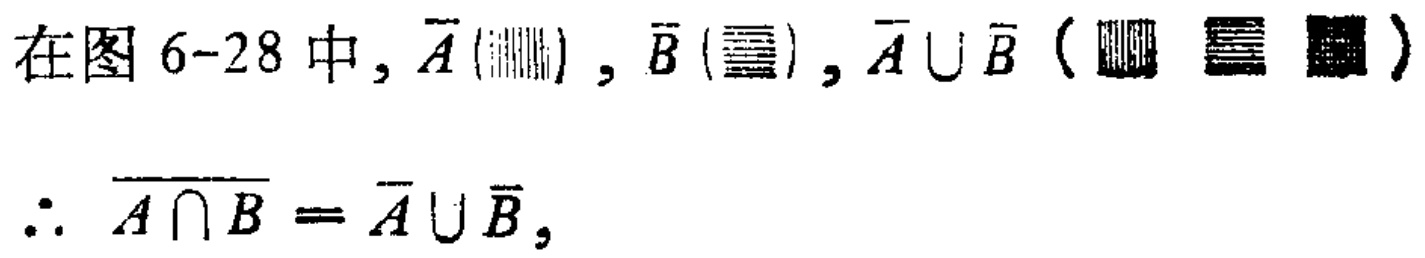
在图 6-28 中, $\overline{A}(\diagup\diagup\diagup\diagup)$, $\overline{B}(\equiv\equiv\equiv)$, $\overline{A} \cup \overline{B}$（$\blacksquare\blacksquare\blacksquare$）

$\therefore \overline{A \cap B} = \overline{A} \cup \overline{B},$